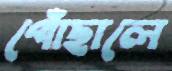
পোঁছালে